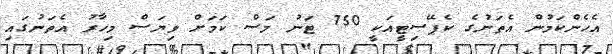
އެހެންކަމުން އެތަނުގެ ކެޕޭސިޓީއަކީ 750 ޓަނު މަސް ކަމަށް ވިޔަސް މިހާރު އެތަނުގައި